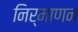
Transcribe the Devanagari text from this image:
निर्माणन